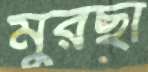
মুরছা